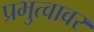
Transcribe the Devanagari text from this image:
प्रभुत्वावर